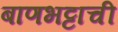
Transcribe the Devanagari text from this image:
बाणभट्टाची